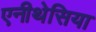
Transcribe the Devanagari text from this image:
एनीथेसिया